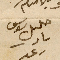
خليل يوسف نادر رعد